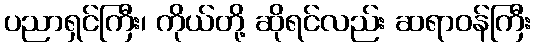
ပညာရှင်ကြီး၊ ကိုယ်တို့ ဆိုရင်လည်း ဆရာဝန်ကြီး